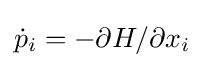
{\dot {p}}_{i}=-\partial H/\partial x_{i}